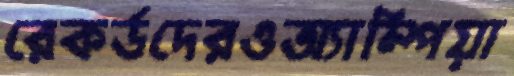
রেকর্ডদেরওঅ্যাম্পিয়া